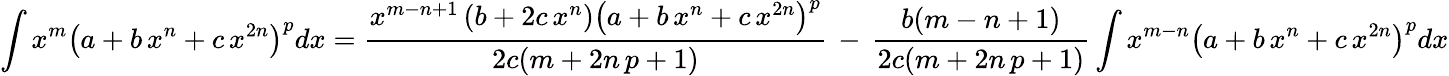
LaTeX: \int x^{m}\left(a+b\, x^{n}+c\, x^{2n}\right)^{p}dx={\frac{x^{m-n+1}\left(b+2c\, x^{n}\right)\left(a+b\, x^{n}+c\, x^{2n}\right)^{p}}{2c(m+2n\, p+1)}}\, -\, {\frac{b(m-n+1)}{2c(m+2n\, p+1)}}\int x^{m-n}\left(a+b\, x^{n}+c\, x^{2n}\right)^{p}dx